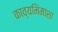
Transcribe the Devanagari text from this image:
काव्यमिंमाशा